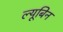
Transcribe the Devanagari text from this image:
ल्यूबिन